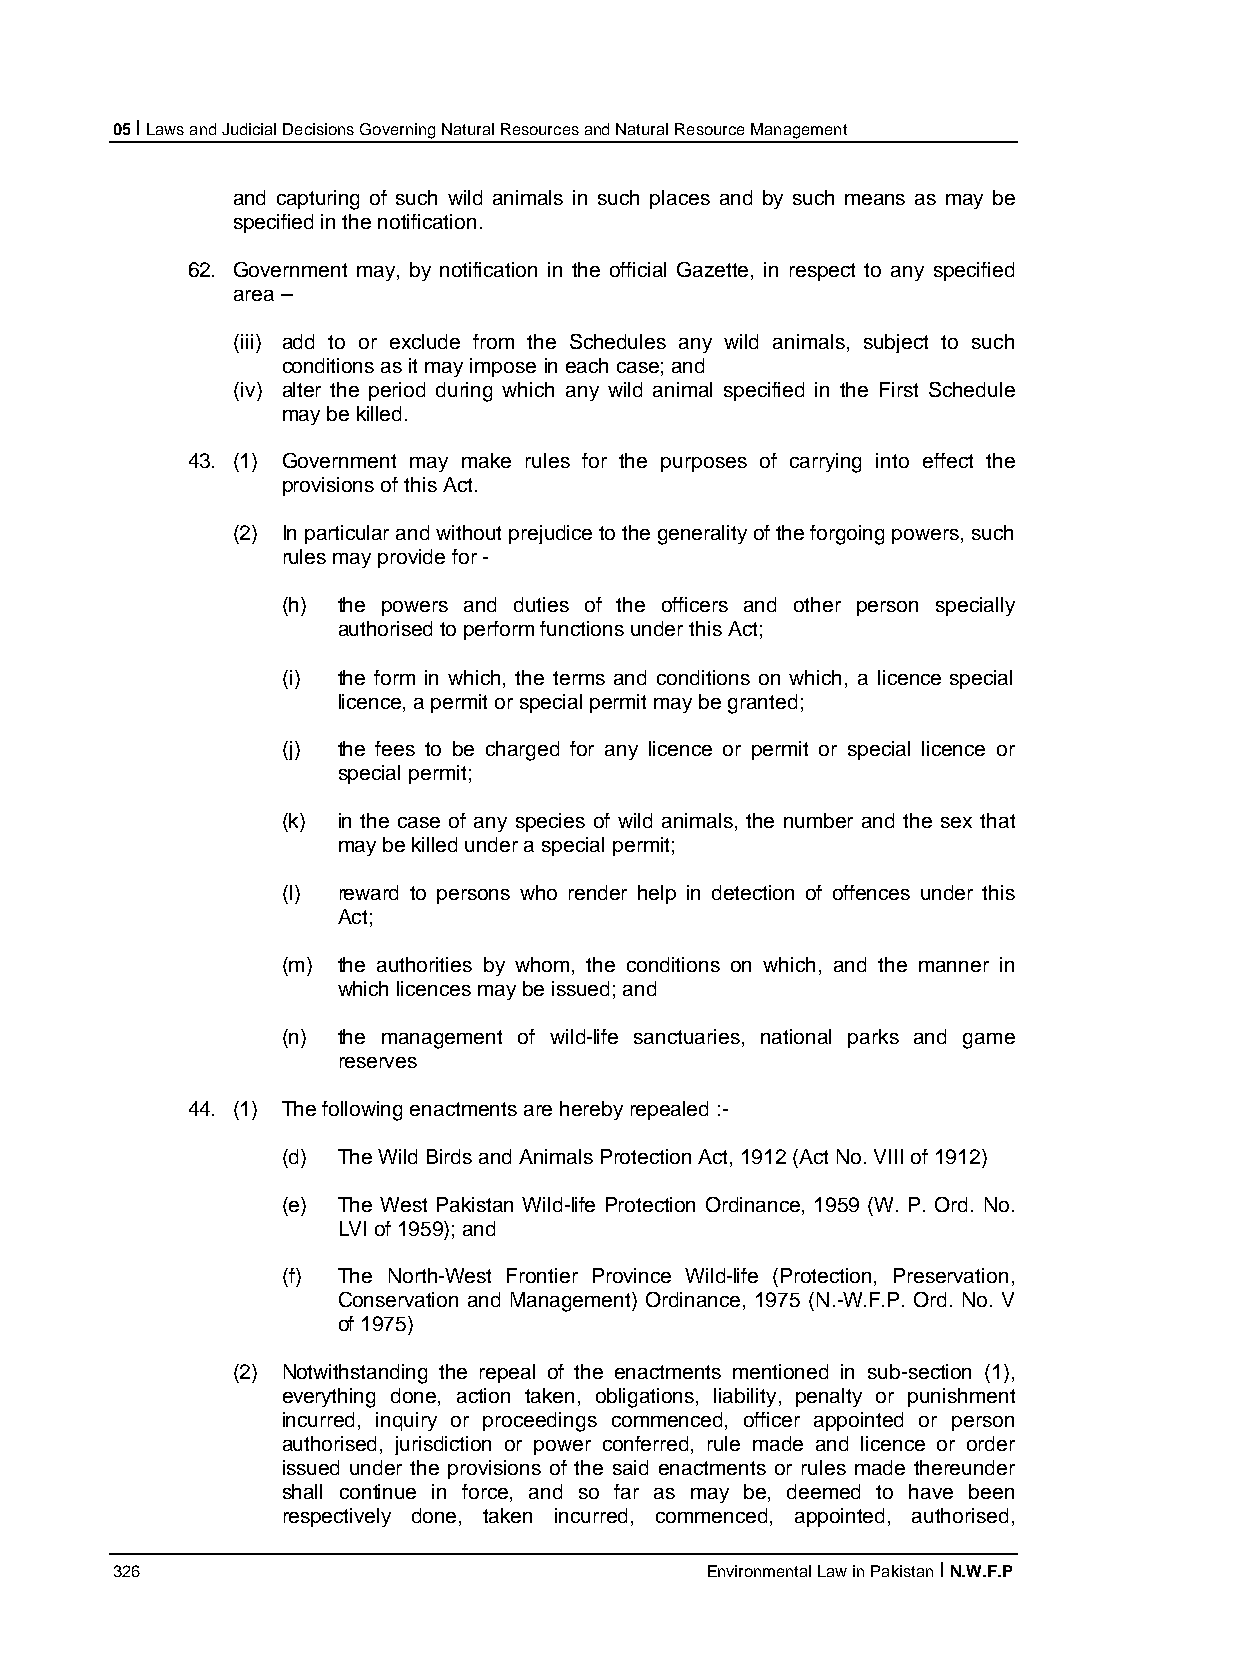
05 I Laws and Judicial Decisions Governing Natural Resources and Natural Resource Management
 and capturing of such wild animals in such places and by such means as may be
 specified in the notification.
 62. Government may, by notification in the official Gazette, in respect to any specified
 area –
 (iii) add to or exclude from the Schedules any wild animals, subject to such
 conditions as it may impose in each case; and
 (iv) alter the period during which any wild animal specified in the First Schedule
 may be killed.
 43. (1) Government may make rules for the purposes of carrying into effect the
 provisions of this Act.
 (2) In particular and without prejudice to the generality of the forgoing powers, such
 rules may provide for -
 (h) the powers and duties of the officers and other person specially
 authorised to perform functions under this Act;
 (i) the form in which, the terms and conditions on which, a licence special
 licence, a permit or special permit may be granted;
 (j) the fees to be charged for any licence or permit or special licence or
 special permit;
 (k) in the case of any species of wild animals, the number and the sex that
 may be killed under a special permit;
 (l) reward to persons who render help in detection of offences under this
 Act;
 (m) the authorities by whom, the conditions on which, and the manner in
 which licences may be issued; and
 (n) the management of wild-life sanctuaries, national parks and game
 reserves
 44. (1) The following enactments are hereby repealed :-
 (d) The Wild Birds and Animals Protection Act, 1912 (Act No. VIII of 1912)
 (e) The West Pakistan Wild-life Protection Ordinance, 1959 (W. P. Ord. No.
 LVI of 1959); and
 (f) The North-West Frontier Province Wild-life (Protection, Preservation,
 Conservation and Management) Ordinance, 1975 (N.-W.F.P. Ord. No. V
 of 1975)
 (2) Notwithstanding the repeal of the enactments mentioned in sub-section (1),
 everything done, action taken, obligations, liability, penalty or punishment
 incurred, inquiry or proceedings commenced, officer appointed or person
 authorised, jurisdiction or power conferred, rule made and licence or order
 issued under the provisions of the said enactments or rules made thereunder
 shall continue in force, and so far as may be, deemed to have been
 respectively done, taken incurred, commenced, appointed, authorised,
 326                                     Environmental Law in Pakistan I N.W.F.P